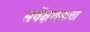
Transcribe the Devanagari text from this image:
सर्वेक्षणकर्त्ता